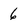
Character: 6